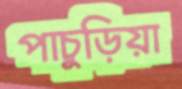
পাচুড়িয়া